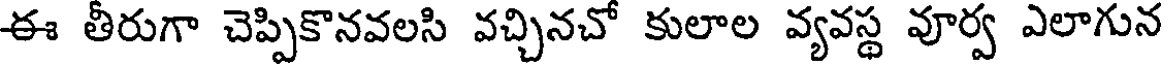
ఈ తీరుగా చెప్పికొనవలసి వచ్చినచో కులాల వ్యవస్థ వూర్వ ఎలాగున